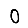
Digit: 0